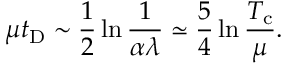
\mu t _ { \mathrm { D } } \sim { \frac { 1 } { 2 } } \ln { \frac { 1 } { \alpha \lambda } } \simeq { \frac { 5 } { 4 } } \ln { \frac { T _ { \mathrm { c } } } { \mu } } .